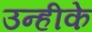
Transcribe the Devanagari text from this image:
उन्हीके